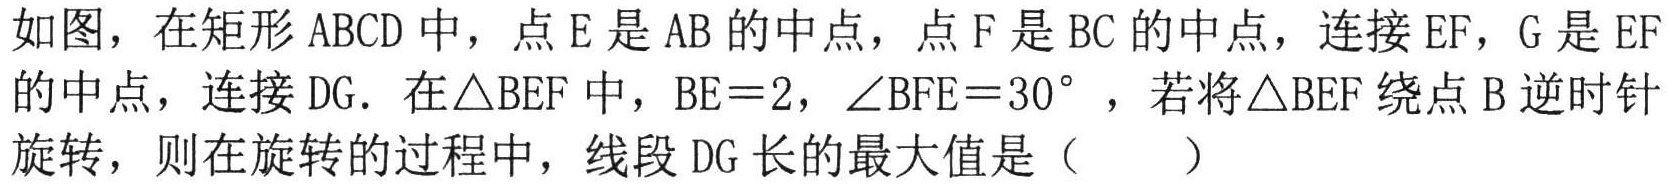
如图，在矩形\(ABCD\)中，点\(E\)是\(AB\)的中点，点\(F\)是\(BC\)的中点，连接\(EF\)，\(G\)是\(EF\)的中点，连接\(DG\). 在\(\triangle BEF\)中，\(BE = 2\)，\(\angle BFE = 30^{\circ}\)，若将\(\triangle BEF\)绕点\(B\)逆时针旋转，则在旋转的过程中，线段\(DG\)长的最大值是（  ）